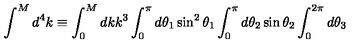
\int ^ { M } d ^ { 4 } k \equiv \int _ { 0 } ^ { M } d k k ^ { 3 } \int _ { 0 } ^ { \pi } d \theta _ { 1 } \sin ^ { 2 } \theta _ { 1 } \int _ { 0 } ^ { \pi } d \theta _ { 2 } \sin \theta _ { 2 } \int _ { 0 } ^ { 2 \pi } d \theta _ { 3 }